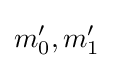
m'_{0},m'_{1}